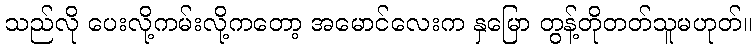
သည်လို ပေးလို့ကမ်းလို့ကတော့ အမောင်လေးက နှမြော တွန့်တိုတတ်သူမဟုတ်။